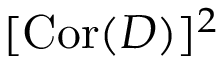
[ \mathrm { C o r } ( D ) ] ^ { 2 }